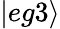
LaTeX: |eg3\rangle